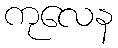
ကုလေန